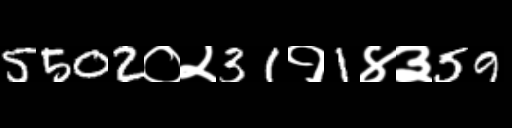
Text: 5502०२31१1४३59